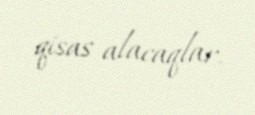
qisas alacaqlar.